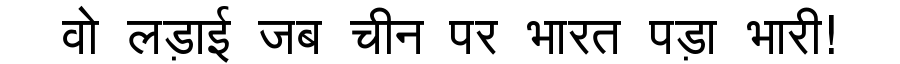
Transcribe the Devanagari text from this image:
वो लड़ाई जब चीन पर भारत पड़ा भारी!